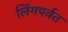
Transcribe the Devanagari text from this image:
लिंगपर्वत